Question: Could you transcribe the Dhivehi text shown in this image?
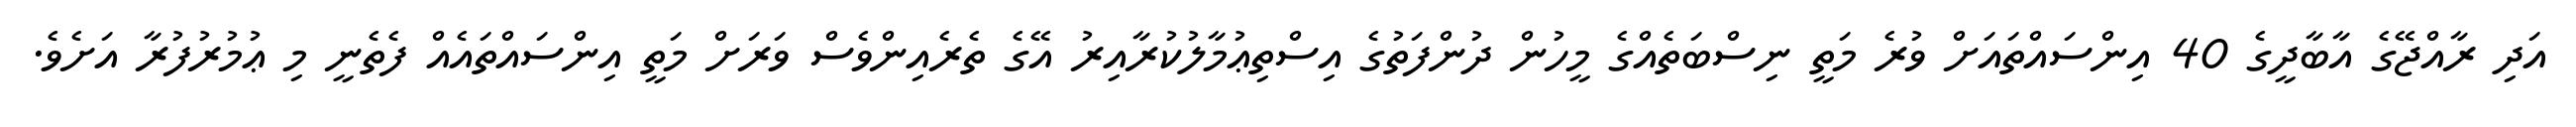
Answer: އަދި ރާއްޖޭގެ އާބާދީގެ 40 އިންސައްތައަށް ވުރެ މަތީ ނިސްބަތެއްގެ މީހުން ދުންފަތުގެ އިސްތިޢުމާލުކުރާއިރު އޭގެ ތެރެއިންވެސް ވަރަށް މަތީ އިންސައްތައެއް ފެތެނީ މި ޢުމުރުފުރާ އަށެވެ.